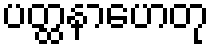
ပတ္ထနာဟေတု